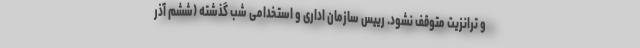
و ترانزیت متوقف نشود. رییس سازمان اداری و استخدامی شب گذشته (ششم آذر